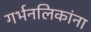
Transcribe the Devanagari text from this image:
गर्भनलिकांना